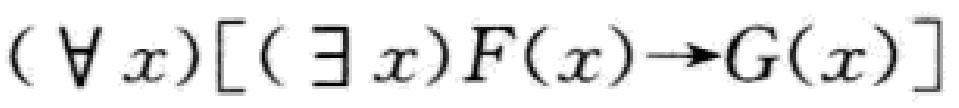
$(\forall x)[(\exists x)F(x)\to G(x)]$